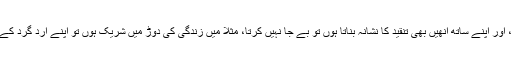
اگر میں لوگوں کو اپنے خیالات میں گھسیٹ لاتا ہوں، اور اپنے ساتھ انھیں بھی تنقید کا نشانہ بناتا ہوں تو بے جا نہیں کرتا، مثلاّ میں زندگی کی دوڑ میں شریک ہوں تو اپنے ارد گرد کے جیتے جاگتے انسانوں کے مقابلے میں دوڑ رہا ہوں۔